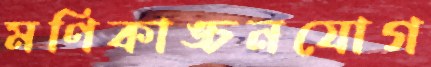
মণিকাঙ্চনযোগ